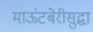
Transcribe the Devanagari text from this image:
माऊंटबेरीसुद्धा